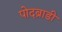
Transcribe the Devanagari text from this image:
पोदब्राडी